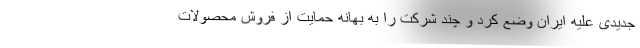
جدیدی علیه ایران وضع کرد و چند شرکت را به بهانه حمایت از فروش محصولات